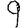
Digit: 9